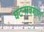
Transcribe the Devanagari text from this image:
घटनावशात्